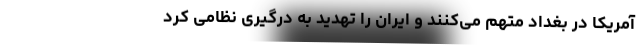
آمریکا در بغداد متهم می‌کنند و ایران را تهدید به درگیری نظامی کرد